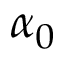
\alpha _ { 0 }